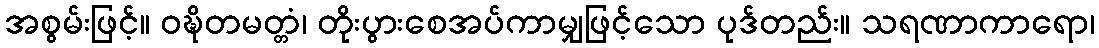
အစွမ်းဖြင့်။ ဝဍ္ဎိတမတ္တံ၊ တိုးပွားစေအပ်ကာမျှဖြင့်သော ပုဒ်တည်း။ သရဏာကာရော၊